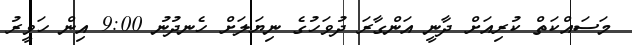
މަސައްކަތް ކުރިއަށް ދާނީ އަންގާރަ ދުވަހުގެ ނިޔަލަށް ހެނދުނު 9:00 އިން ހަވީރު